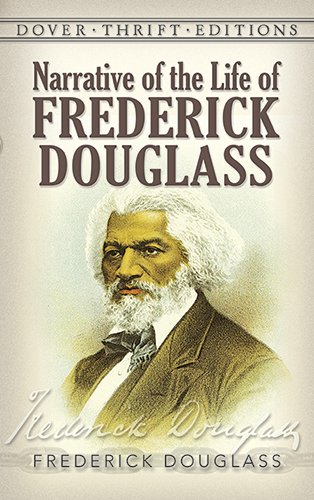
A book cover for Narrative of the Life of Frederick Douglass; Frederick Douglass; Literature & Fiction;